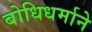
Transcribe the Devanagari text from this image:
बोधिधर्माने